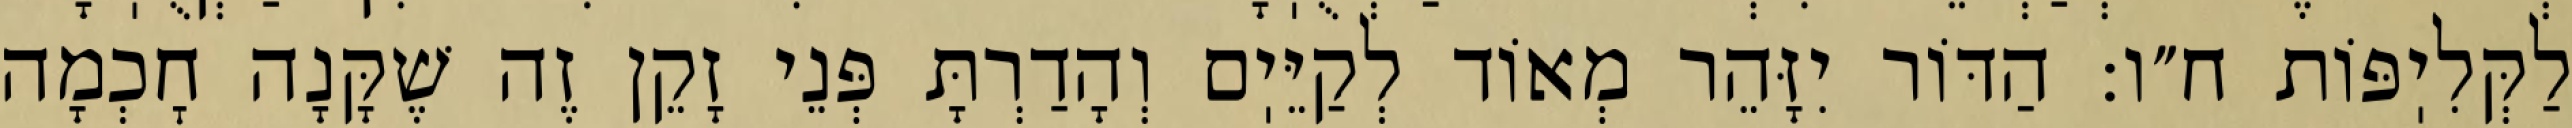
לַקְּלִיֽפּוֹת ח״ו: הַדּוֹר יִזָּהֵר מְאוֹד לְקַיֵּיֽם וְהָדַרְתָּ פְּנֵי זָקֵן זֶה שֶׁקָּנָה חׇכְמָה